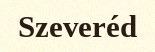
Szeveréd